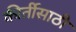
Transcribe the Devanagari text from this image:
कीर्तीसाठी